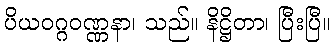
ပိယဝဂ္ဂဝဏ္ဏနာ၊ သည်။ နိဋ္ဌိတာ၊ ပြီးပြီ။